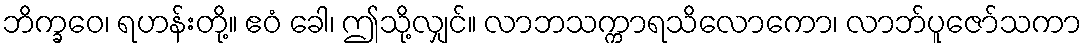
ဘိက္ခဝေ၊ ရဟန်းတို့။ ဧဝံ ခေါ၊ ဤသို့လျှင်။ လာဘသက္ကာရသိလောကော၊ လာဘ်ပူဇော်သကာ